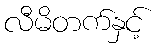
လီမိတက်နှင့်